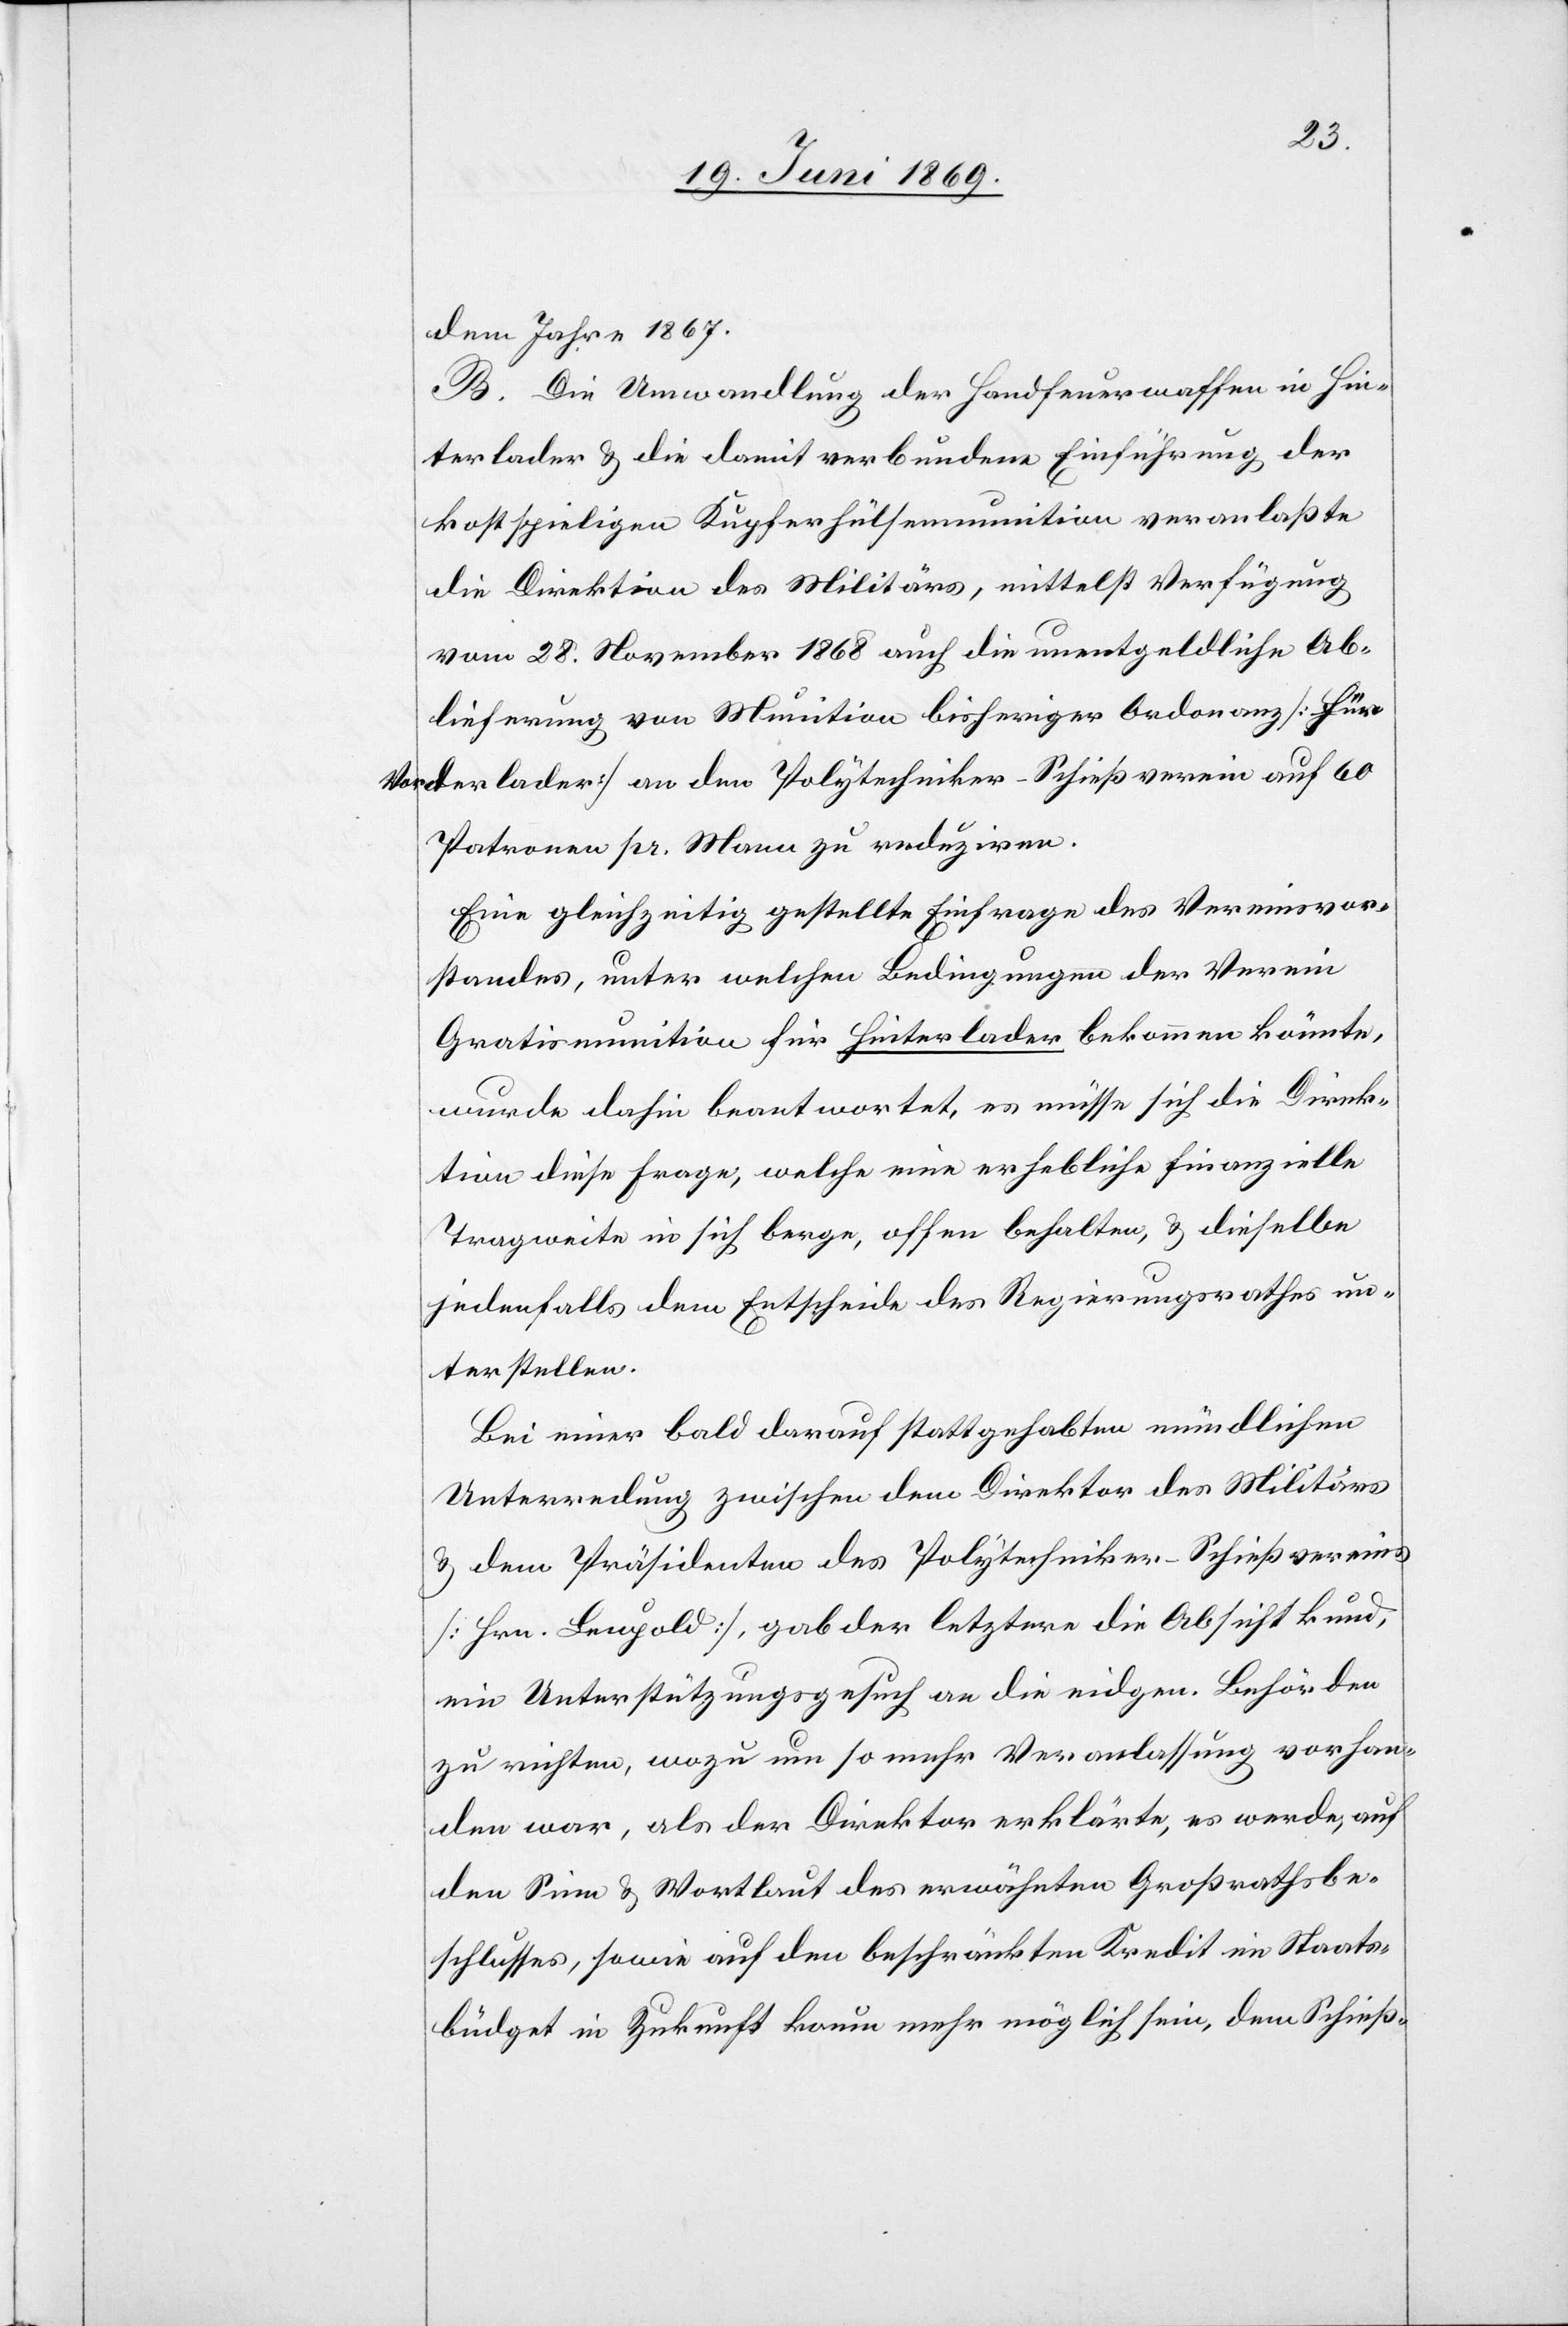
dem Jahre 1867.
B. Die Umwandlung der Handfeuerwaffen in Hin¬
terlader u. die damit verbundene Einführung der
kostspieligen Kupferhülsenmunition veranlaßte
die Direktion des Militärs, mittelst Verfügung
vom 28. Dezember 1868 auch die unentgeldliche Ab¬
lieferung von Munition bisheriger Ordonanz [für
Vorderlader] an den Polytechniker-Schießverein auf 60
Patronen pr. Mann zu reduziren.
Eine gleichzeitig gestellte Einfrage des Vereinsvor¬
standes, unter welchen Bedingungen der Verein
Gratismunition für Hinterlader bekommen könnte,
wurde dahin beantwortet, es müsse sich die Direk¬
tion diese Frage, welche eine erhebliche finanzielle
Tragweite in sich berge, offen behalten, u. dieselbe
jedenfalls dem Entscheide des Regierungsrathes un¬
terstellen.
Bei einer bald darauf stattgehabten mündlichen
Unterredung zwischen dem Direktor des Militärs
u. dem Präsidenten des Polytechniker-Schießvereins
[Hrn. Leupold], gab der letztere die Absicht kund,
ein Unterstützungsgesuch an die eidgen. Behörden
zu richten, wozu um so mehr Veranlaßung vorhan¬
den war, als der Direktor erklärte, es werde, auf
den Sinn u. Wortlaut des erwähnten Großrathsbe¬
schlusses, sowie auf den beschränkten Kredit im Staats¬
büdget in Zukunft kaum mehr möglich sein, dem Schieß-